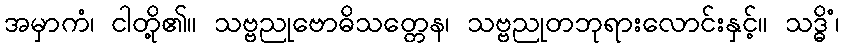
အမှာကံ၊ ငါတို့၏။ သဗ္ဗညုဗောဓိသတ္တေန၊ သဗ္ဗညုတဘုရားလောင်းနှင့်။ သဒ္ဓိံ၊